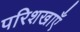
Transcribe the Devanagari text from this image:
परिशखाएँ